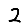
Digit: 2